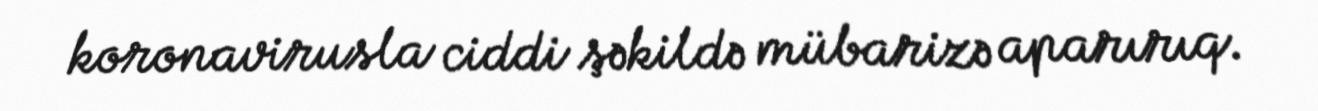
koronavirusla ciddi şəkildə mübarizə aparırıq.